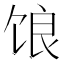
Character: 𫗨